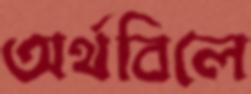
অর্থবিলে